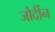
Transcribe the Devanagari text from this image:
जौर्दीन